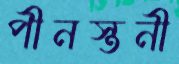
পীনস্তনী